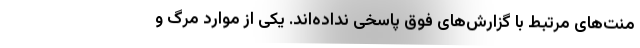
منت‌های مرتبط با گزارش‌های فوق پاسخی نداده‌اند. یکی از موارد مرگ و